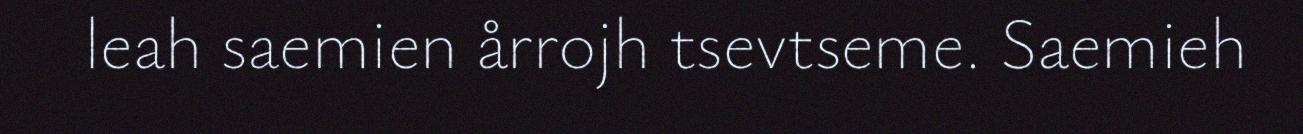
leah saemien årrojh tsevtseme. Saemieh